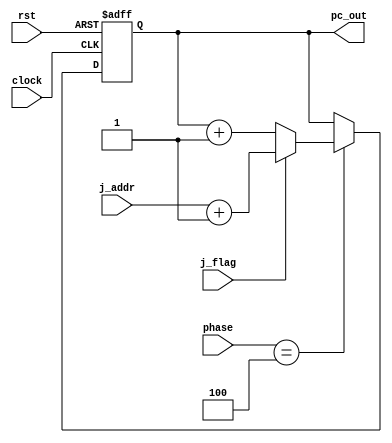
module program_counter(clock, rst,j_flag,j_addr,phase,  pc_out);
	input 		clock;
	input 		rst;
	input j_flag;
	input[15:0]j_addr;
	input [2:0]phase;
	
	
	output	[15:0] pc_out;
	
	reg	[15:0] pc_out;
	reg [2:0] counter;
	
	always @(posedge clock or negedge rst  ) begin
		if(rst==0)begin
			pc_out<=16'b0000000000000000;
		
		end
		else begin
			if(phase==3'b100)begin  //100 wo 011
				if(j_flag==1)begin
					pc_out<=j_addr+16'b0000000000000001; //j_addr ha PC+ext_d nanode +1 gahituyou
				end
				else begin
				pc_out	<= pc_out+16'b0000000000000001;//pc_inwo16'b1nikaeta
				end
			end
		end
	end
	
	
	
	
endmodule